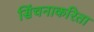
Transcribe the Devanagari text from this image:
सिंचनाकरिता